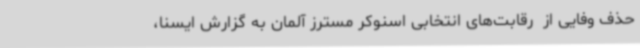
حذف وفایی از  رقابت‌های انتخابی اسنوکر مسترز آلمان به گزارش ایسنا،